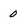
Character: 0